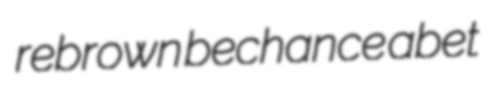
rebrown bechance abet